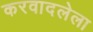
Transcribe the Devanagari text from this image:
करवादलेला